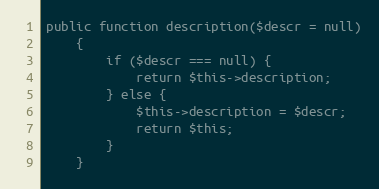
Language: PHP
public function description($descr = null)
    {
        if ($descr === null) {
            return $this->description;
        } else {
            $this->description = $descr;
            return $this;
        }
    }